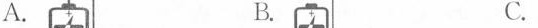
A. B. C.